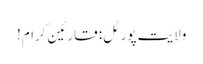
ولایت پورٹل: قارئین کرام!